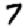
Digit: 7